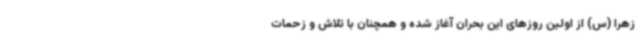
زهرا (س) از اولین روزهای این بحران آغاز شده و همچنان با تلاش و زحمات